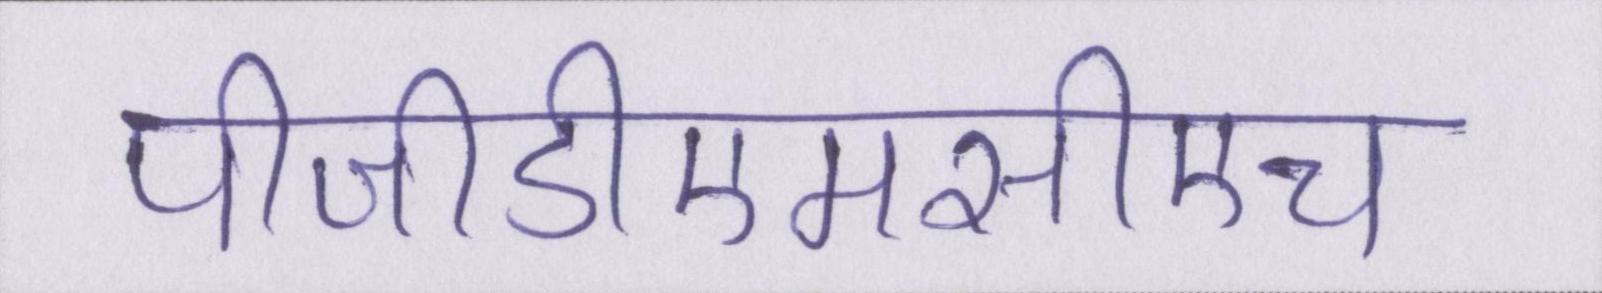
पीजीडीएमसीएच